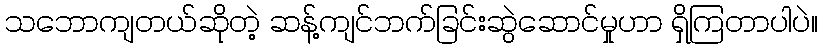
သဘောကျတယ်ဆိုတဲ့ ဆန့်ကျင်ဘက်ခြင်းဆွဲဆောင်မှုဟာ ရှိကြတာပါပဲ။